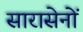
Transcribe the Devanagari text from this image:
सारासेनों